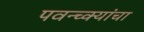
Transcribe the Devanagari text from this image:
पवन्च्क्यांचा